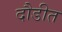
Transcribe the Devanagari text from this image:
दौडीत